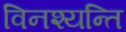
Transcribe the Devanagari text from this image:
विनश्यन्ति